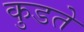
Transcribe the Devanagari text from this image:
कुडते